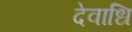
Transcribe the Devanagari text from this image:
देवाधि